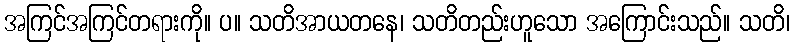
အကြင်အကြင်တရားကို။ ပ။ သတိအာယတနေ၊ သတိတည်းဟူသော အကြောင်းသည်။ သတိ၊